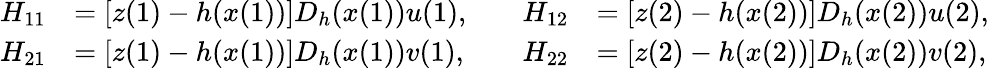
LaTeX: \begin{array}{rlrl}{H_{11}}&{=[z(1)-h(x(1))]D_{h}(x(1))u(1),}&{\quad H_{12}}&{=[z(2)-h(x(2))]D_{h}(x(2))u(2),}\\ {H_{21}}&{=[z(1)-h(x(1))]D_{h}(x(1))v(1),}&{\quad H_{22}}&{=[z(2)-h(x(2))]D_{h}(x(2))v(2),}\end{array}